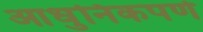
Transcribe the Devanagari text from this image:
आधुनिकपणे